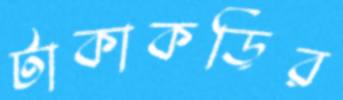
টাকাকড়ির